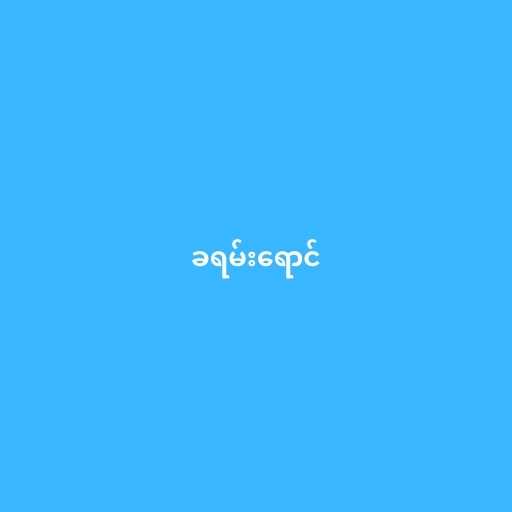
ခရမ်းရောင်